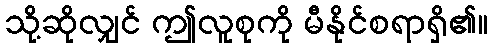
သို့ဆိုလျှင် ဤလူစုကို မီနိုင်စရာရှိ၏။